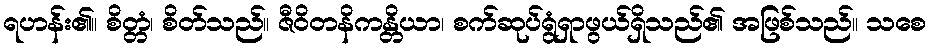
ရဟန်း၏။ စိတ္တံ၊ စိတ်သည်။ ဇီဝိတနိကန္တိယာ၊ စက်ဆုပ်ရွံရှာဖွယ်ရှိသည်၏ အဖြစ်သည်။ သစေ